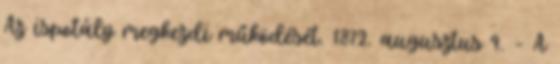
Az ispotály megkezdi működését. 1872. augusztus 9. – A